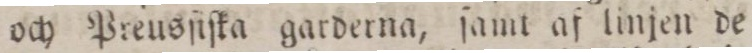
och Preusſiſka garderna, ſamt af linjen de